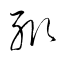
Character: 輒